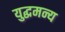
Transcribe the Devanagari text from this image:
युद्धमन्य